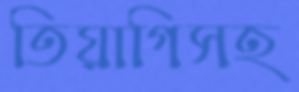
তিয়াগিসহ